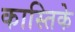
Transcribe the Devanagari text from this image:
कास्तिके